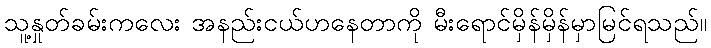
သူ့နှုတ်ခမ်းကလေး အနည်းငယ်ဟနေတာကို မီးရောင်မှိန်မှိန်မှာမြင်ရသည်။